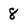
Character: 8